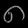
Digit: ၈